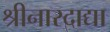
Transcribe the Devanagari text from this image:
श्रीनारदाद्या